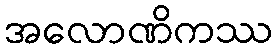
အလောဏိကဿ